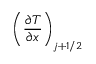
\left( \frac { \partial T } { \partial x } \right) _ { j + 1 / 2 }